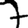
Digit: 7